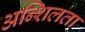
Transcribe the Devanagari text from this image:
अन्शिलता